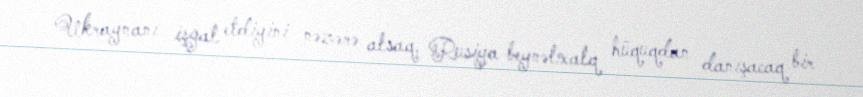
Ukraynanı işğal etdiyini nəzərə alsaq, Rusiya beynəlxalq hüquqdan danışacaq bir